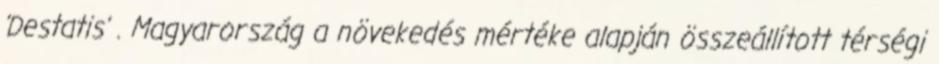
'Destatis' . Magyarország a növekedés mértéke alapján összeállított térségi